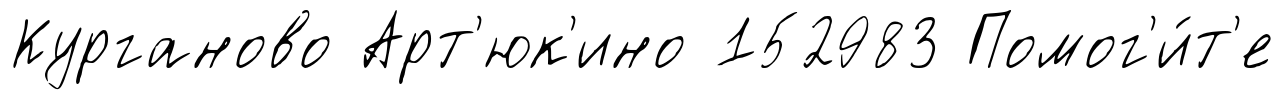
Курганово Арт'юк'ино 152983 Помог'и́т'е